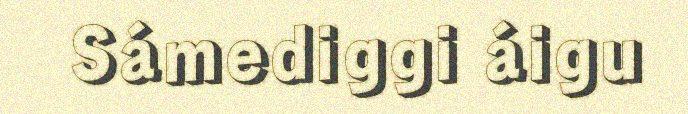
Sámediggi áigu